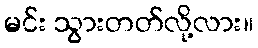
မင်း သွားတတ်လို့လား။